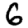
Digit: 6